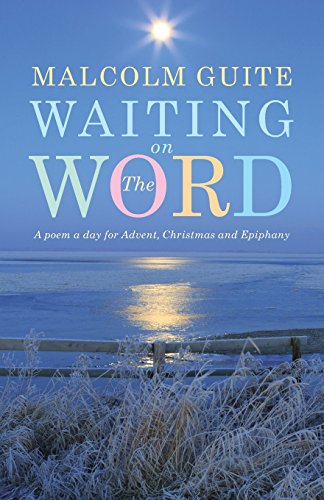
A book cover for Waiting on the Word: A poem a day for Advent, Christmas and Epiphany; Malcolm Guite; Literature & Fiction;